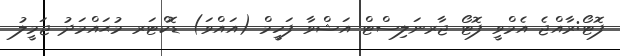
ފޮޓޯ:ރާއްޖެ އެމްވީ ފޮޓޯ ޖާރނަލިސްޓް އަޝްވާ ފަހީމް (އައްވަ) ޑޮކްޓަރ މުޙައްމަދު ޖަމީލު